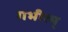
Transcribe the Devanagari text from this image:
गभीरम्